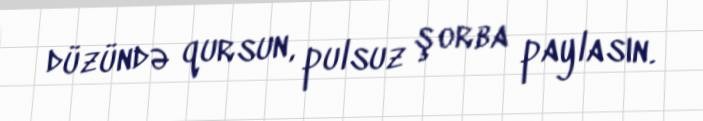
düzündə qursun, pulsuz şorba paylasın.